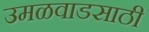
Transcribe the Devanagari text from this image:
उमळवाडसाठी